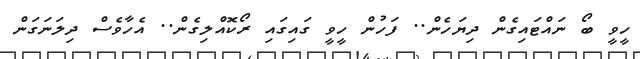
ހީވީ ބޯ ނައްޓައިގެން ދިޔަހެން.. ފަހުން ހީވީ ގައިގައި ރޯކޮއްލިގެން.. އެހާވެސް ދިލަނަގަން